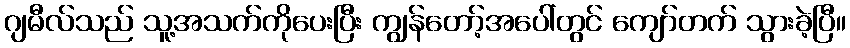
ဂျမီလ်သည် သူ့အသက်ကိုပေးပြီး ကျွန်တော့်အပေါ်တွင် ကျော်တက် သွားခဲ့ပြီ။